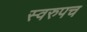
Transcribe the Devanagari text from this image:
स्वरुपच